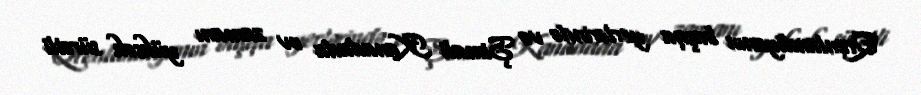
Qrenlandiyanın başqa yerlərində və Şimali Kanadada ov zamanı yüksək sürətli